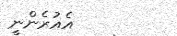
އެއުރެންނީ